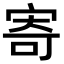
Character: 寄